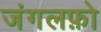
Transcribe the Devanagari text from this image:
जंगलफ़ो